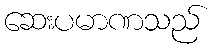
ဆေးပမာဏသည်